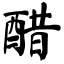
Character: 醋